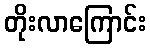
တိုးလာကြောင်း